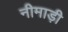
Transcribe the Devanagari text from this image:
नीमाड़ी